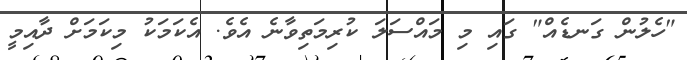
"ހެލުން ގަނޑެއް" ގައި މި މައްސަލަ ކުރިމަތިވާނެ އެވެ. އެކަމަކު މިކަމަށް ދާއިމީ